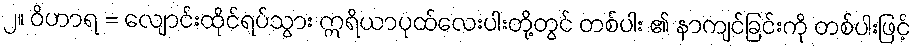
၂။ ဝိဟာရ = လျောင်းထိုင်ရပ်သွား ဣရိယာပုထ်လေးပါးတို့တွင် တစ်ပါး ၏ နာကျင်ခြင်းကို တစ်ပါးဖြင့်